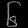
Digit: ၆